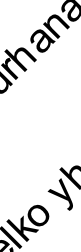
k o a n